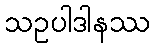
သဥပါဒါနဿ